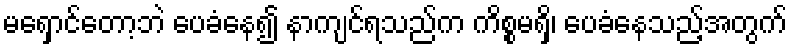
မရှောင်တော့ဘဲ ပေခံနေ၍ နာကျင်ရသည်က ကိစ္စမရှိ၊ ပေခံနေသည့်အတွက်